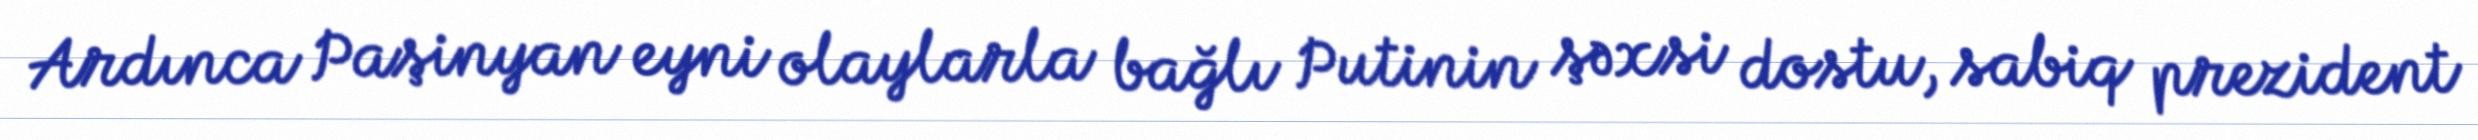
Ardınca Paşinyan eyni olaylarla bağlı Putinin şəxsi dostu, sabiq prezident